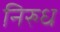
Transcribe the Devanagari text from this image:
निरुध